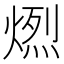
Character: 𤍅